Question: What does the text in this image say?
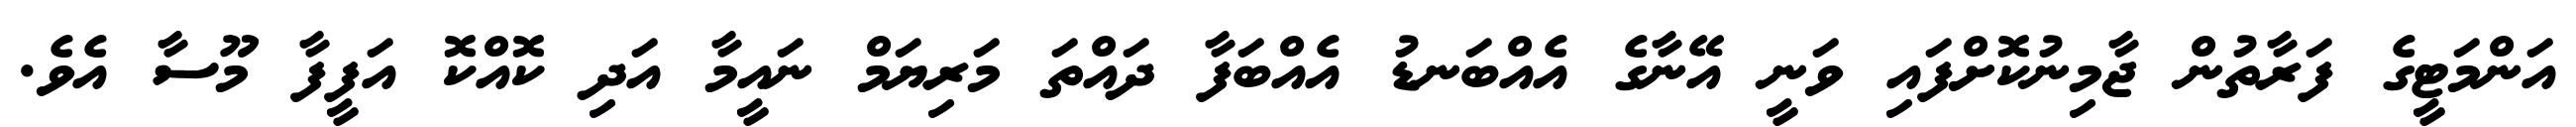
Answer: އަންމަޓީގެ ފަރާތުން ޖާމިނުކޮށްފައި ވަނީ އޭނާގެ އެއްބަނޑު އެއްބަފާ ދައްތަ މަރިޔަމް ނައީމާ އަދި ކޮއްކޮ އަފީފާ މޫސާ އެވެ.